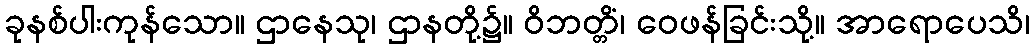
ခုနစ်ပါးကုန်သော။ ဌာနေသု၊ ဌာနတို့၌။ ဝိဘတ္တိံ၊ ဝေဖန်ခြင်းသို့။ အာရောပေသိ၊